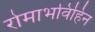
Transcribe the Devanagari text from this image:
रोमाभविहिन